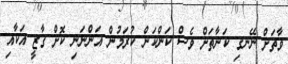
ވާތަށް ނޭނގި ކަނާތަށް ވެސް ކަންކަން ކުރަމުން އަންނަނި ކޮށް ގާޒީ އަކާއި